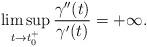
LaTeX: \begin{align*}\limsup_{t\rightarrow t^{+}_{0}}\frac{\gamma^{\prime\prime}(t)}{\gamma^{\prime}(t)}=+\infty.\end{align*}